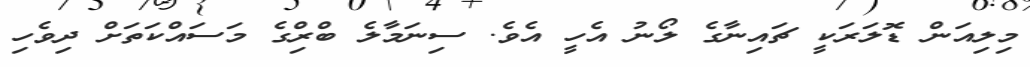
މިލިއަން ޑޮލަރަކީ ޗައިނާގެ ލޯނު އެހީ އެވެ. ސިނަމާލެ ބްރިްގެ މަސައްކަތަށް ދިވެހި